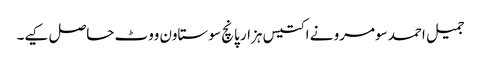
جمیل احمد سومرو نے اکتیس ہزار پانچ سو ستاون ووٹ حاصل کیے۔